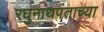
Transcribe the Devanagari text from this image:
रघुनाथपंताच्या